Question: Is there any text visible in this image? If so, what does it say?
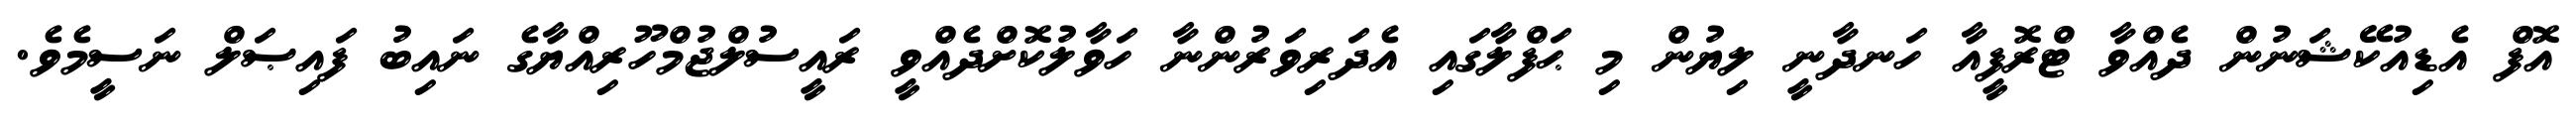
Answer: އޮފް އެޑިއުކޭޝަނުން ދެއްވާ ޓްރޮފީއާ ހަނދާނީ ލިޔުން މި ޙަފްލާގައި އެދަރިވަރުންނާ ހަވާލުކޮށްދެއްވީ ރައީސުލްޖުމްހޫރިއްޔާގެ ނައިބު ފައިޞަލް ނަސީމެވެ.